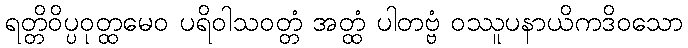
ရတ္တိဝိပ္ပဝုတ္ထမေဝ ပရိဝါသဝတ္တံ အတ္ထံ ပါတဗ္ဗံ ဝဿူပနာယိကဒိဝသော